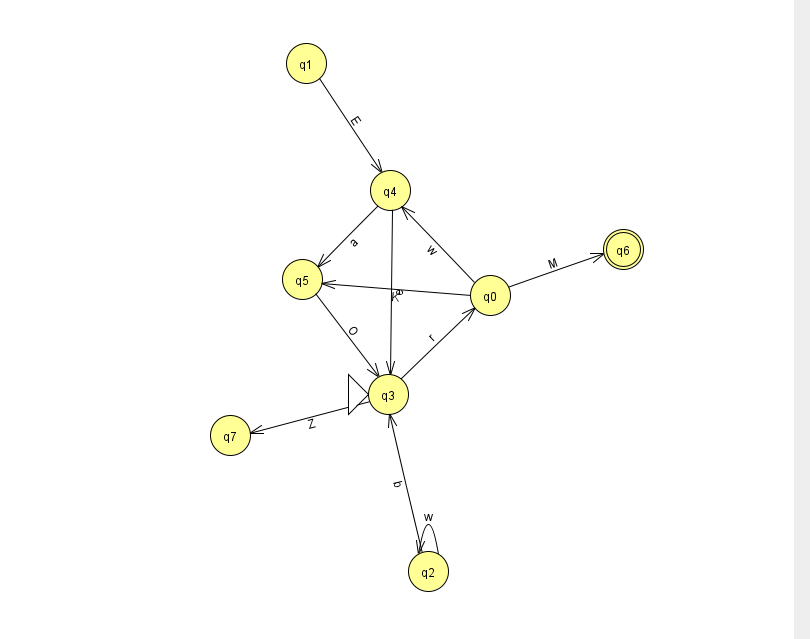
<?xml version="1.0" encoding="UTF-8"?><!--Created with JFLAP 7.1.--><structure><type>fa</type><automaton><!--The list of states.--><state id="0" name="q0"><x>490.0</x><y>282.0</y></state><state id="1" name="q1"><x>306.0</x><y>50.0</y></state><state id="2" name="q2"><x>428.0</x><y>558.0</y></state><state id="3" name="q3"><x>388.0</x><y>381.0</y><initial/></state><state id="4" name="q4"><x>390.0</x><y>177.0</y></state><state id="5" name="q5"><x>302.0</x><y>266.0</y></state><state id="6" name="q6"><x>623.0</x><y>236.0</y><final/></state><state id="7" name="q7"><x>230.0</x><y>422.0</y></state><!--The list of transitions.--><transition><from>0</from><to>6</to><read>M</read></transition><transition><from>2</from><to>3</to><read>b</read></transition><transition><from>4</from><to>3</to><read>e</read></transition><transition><from>2</from><to>2</to><read>w</read></transition><transition><from>5</from><to>3</to><read>O</read></transition><transition><from>0</from><to>4</to><read>w</read></transition><transition><from>1</from><to>4</to><read>E</read></transition><transition><from>4</from><to>5</to><read>a</read></transition><transition><from>3</from><to>7</to><read>Z</read></transition><transition><from>3</from><to>0</to><read>r</read></transition><transition><from>0</from><to>5</to><read>K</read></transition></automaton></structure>